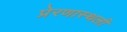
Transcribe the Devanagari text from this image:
प्रेरणास्थली